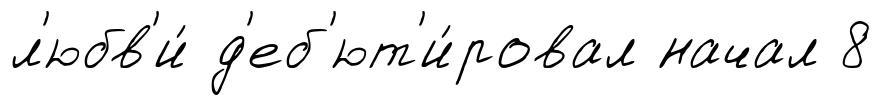
л'юбв'и́ д'еб'ют'и́ровал начал 8